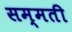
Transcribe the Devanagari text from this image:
सम्मती